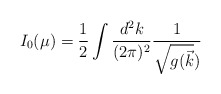
\begin{align*}I_0(\mu)={1\over 2} \int \frac {d^2 k} {(2 \pi)^2} \frac {1} {\sqrt{g(\vec{k}})}\end{align*}